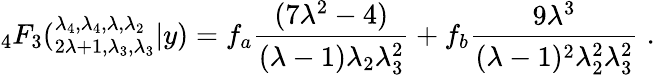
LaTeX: {}_{4}F_{3}(_{2\lambda+1,\lambda_{3},\lambda_{3}}^{\lambda_{4},\lambda_{4},\lambda,\lambda_{2}}|y)=f_{a}\frac{(7\lambda^{2}-4)}{(\lambda-1)\lambda_{2}\lambda_{3}^{2}}+f_{b}\frac{9\lambda^{3}}{(\lambda-1)^{2}\lambda_{2}^{2}\lambda_{3}^{2}}\; .